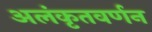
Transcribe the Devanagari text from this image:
अलंकृतवर्णन